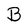
Character: B